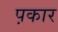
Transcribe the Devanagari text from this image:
प़कार